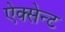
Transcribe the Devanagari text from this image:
ऐक्सेन्ट